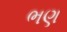
ભણ